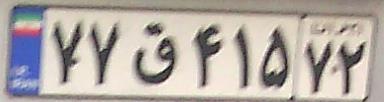
۷۷ق۴۱۵۷۲